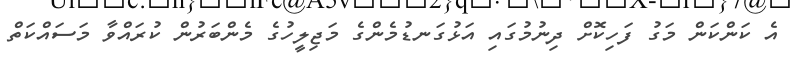
އެ ކަންކަން މަގު ފަހިކޮށް ދިނުމުގައި އަޅުގަނޑުމެންގެ މަޖިލީހުގެ މެންބަރުން ކުރައްވާ މަސައްކަތް